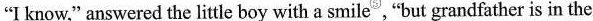
"I know," answered the litte boy witha \underline{smile}⑤, "but grandfather is in the